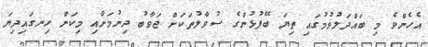
އެހެންވެ މި ބައްދަލުވުމުގައި ތިޔަ ބޭފުޅުންގެ ސުވާލުތަކަށް ޖަވާބު ދިނުމަށާއި މިކަން ހިނގައިދިޔަ